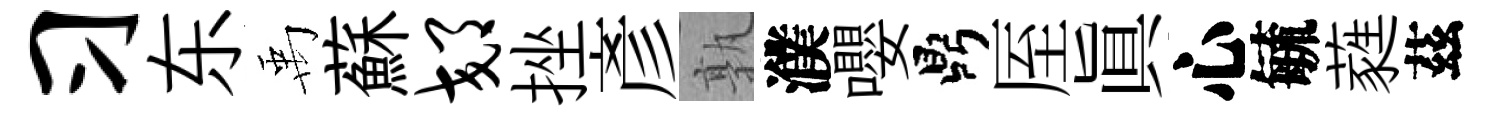
习东禹蘇郊挫彥孰濮嚶鼎厔真心毓蕤茲